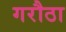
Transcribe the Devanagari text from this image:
गरौठा